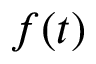
f ( t )